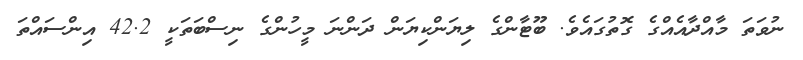
ނުވަތަ މާއްދާއެއްގެ ގޮތުގައެވެ. ބޫޓާންގެ ލިޔަންކިޔަން ދަންނަ މީހުންގެ ނިސްބަތަކީ 42.2 އިންސައްތަ